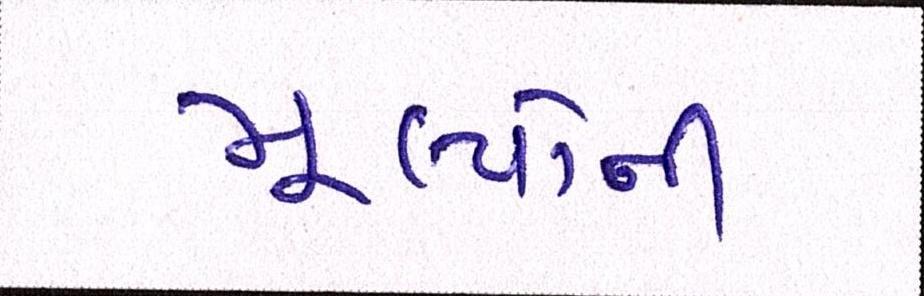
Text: મૂલ્યોની